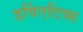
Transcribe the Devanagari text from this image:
डर्विएटिव्स